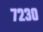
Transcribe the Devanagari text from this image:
७२३०